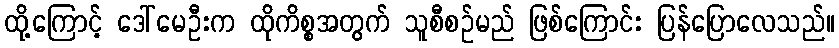
ထို့ကြောင့် ဒေါ်မေဦးက ထိုကိစ္စအတွက် သူစီစဉ်မည် ဖြစ်ကြောင်း ပြန်ပြောလေသည်။